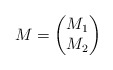
\begin{align*} M=\begin{pmatrix} M_1 \\ M_2 \end{pmatrix}\end{align*}